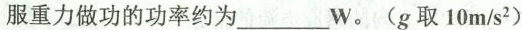
服重力做功的功率约为_______W。(g取10m/s^{2})